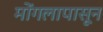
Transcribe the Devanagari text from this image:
मोंगलापासून